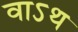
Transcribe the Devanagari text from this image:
वाऽथ